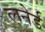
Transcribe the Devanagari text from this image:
लनेर्ड